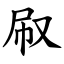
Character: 㕞